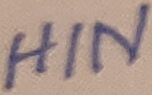
Text: HIN